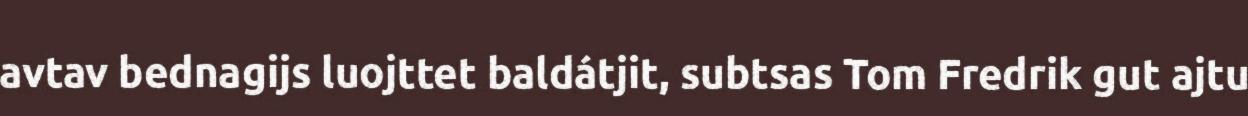
avtav bednagijs luojttet baldátjit, subtsas Tom Fredrik gut ajtu